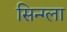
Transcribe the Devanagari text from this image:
सिन्ग्ला